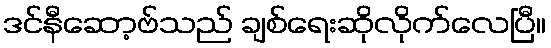
ဒင်နီဆော့ဗ်သည် ချစ်ရေးဆိုလိုက်လေပြီ။